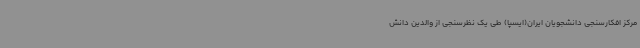
مرکز افکارسنجی دانشجویان ایران(ایسپا) طی یک نظرسنجی از والدین دانش